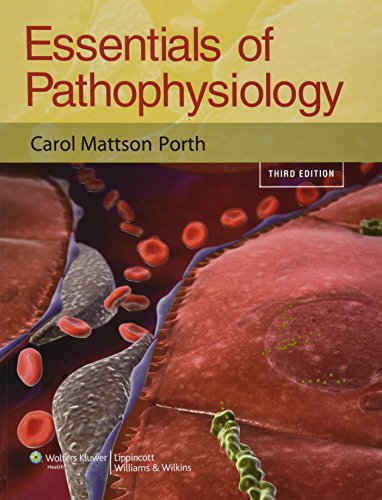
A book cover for Essentials of Pathophysiology: Concepts of Altered Health States; Carol Porth RN  MSN  PhD; Medical Books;